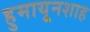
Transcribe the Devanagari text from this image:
हुमायूनशाह